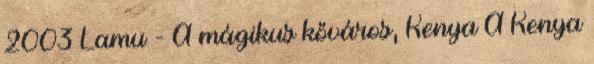
2003 Lamu - A mágikus kőváros, Kenya A Kenya